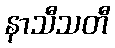
နာသီသတီ